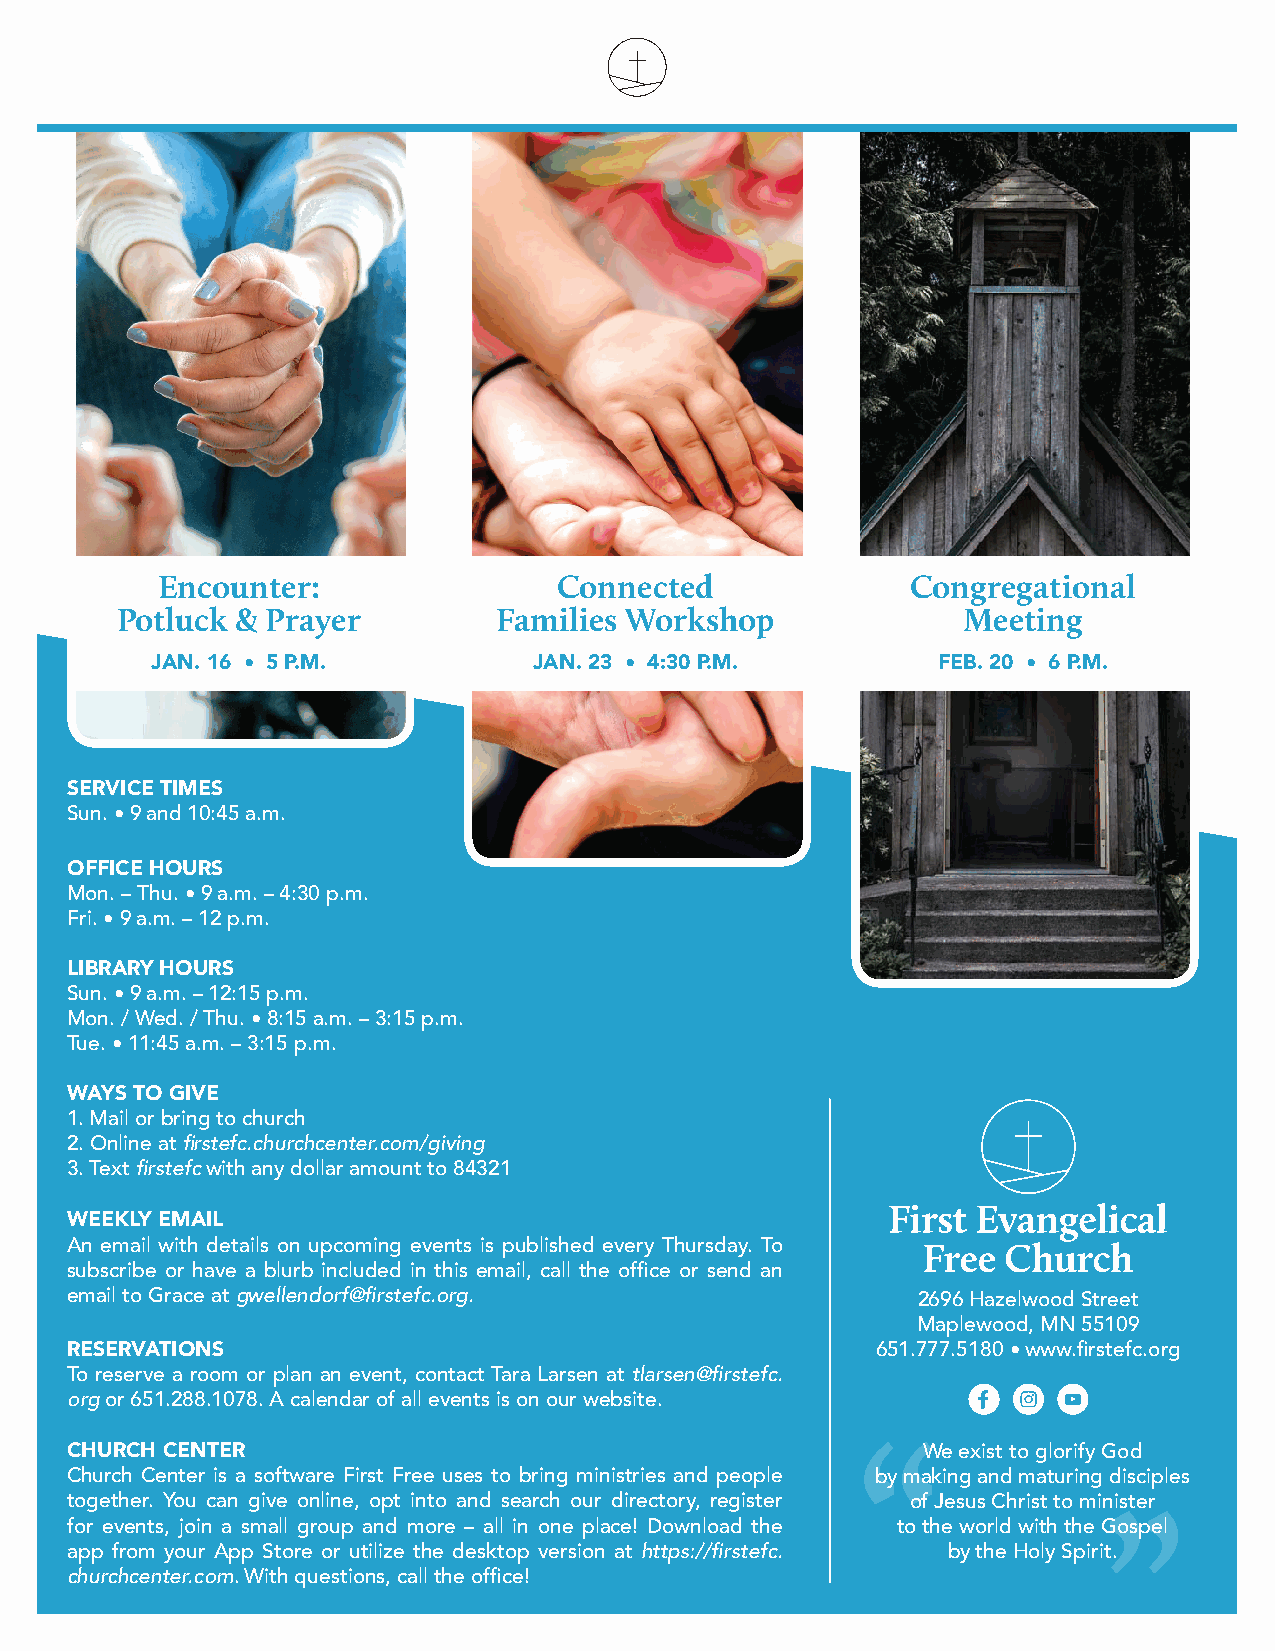
Encounter:                 Connected              Congregational
 Potluck & Prayer         Families Workshop              Meeting
 jan. 16 • 5 p.m.         jan. 23 • 4:30 p.m.        feb. 20 • 6 p.m.
 service times
 Sun. • 9 and 10:45 a.m.
 office hours
 Mon. – Thu. • 9 a.m. – 4:30 p.m.
 Fri. • 9 a.m. – 12 p.m.
 library hours
 Sun. • 9 a.m. – 12:15 p.m.
 Mon. / Wed. / Thu. • 8:15 a.m. – 3:15 p.m.
 Tue. • 11:45 a.m. – 3:15 p.m.
 ways to give
 1. Mail or bring to church
 2. Online at firstefc.churchcenter.com/giving
 3. Text firstefc with any dollar amount to 84321
 weekly email
 An email with details on upcoming events is published every Thursday. To
 subscribe or have a blurb included in this email, call the office or send an
 email to Grace at gwellendorf@firstefc.org.              2696 Hazelwood Street
 Maplewood, MN 55109
 reservations                                          651.777.5180 • www.firstefc.org
 To reserve a room or plan an event, contact Tara Larsen at tlarsen@firstefc.
 org or 651.288.1078. A calendar of all events is on our website.
 church center                                        “We    exist to glorify God
 Church Center is a software First Free uses to bring ministries and people by making and maturing disciples
 together. You can give online, opt into and search our directory, register of Jesus Christ to minister
 ”
 for events, join a small group and more – all in one place! Download the to the world with the Gospel
 app from your App Store or utilize the desktop version at https://firstefc. by the Holy Spirit.
 churchcenter.com. With questions, call the office!